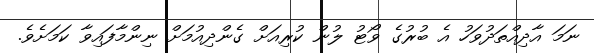
ނަމަ އާދިއްތަދުވަހު އެ ބުރުގެ ވޯޓު ލުން ކުރިއަށް ގެންދިއުމަށް ނިންމާފައިވާ ކަމަށެވެ.